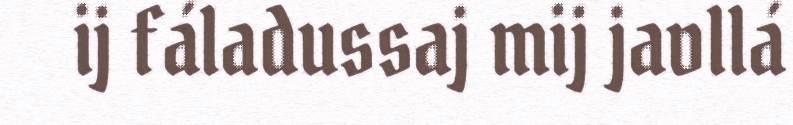
ij fáladussaj mij javllá